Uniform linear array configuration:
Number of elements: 12
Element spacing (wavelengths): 1
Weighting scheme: binomial
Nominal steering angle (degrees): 45
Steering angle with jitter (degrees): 44.974
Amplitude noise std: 0.05
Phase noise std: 0.05

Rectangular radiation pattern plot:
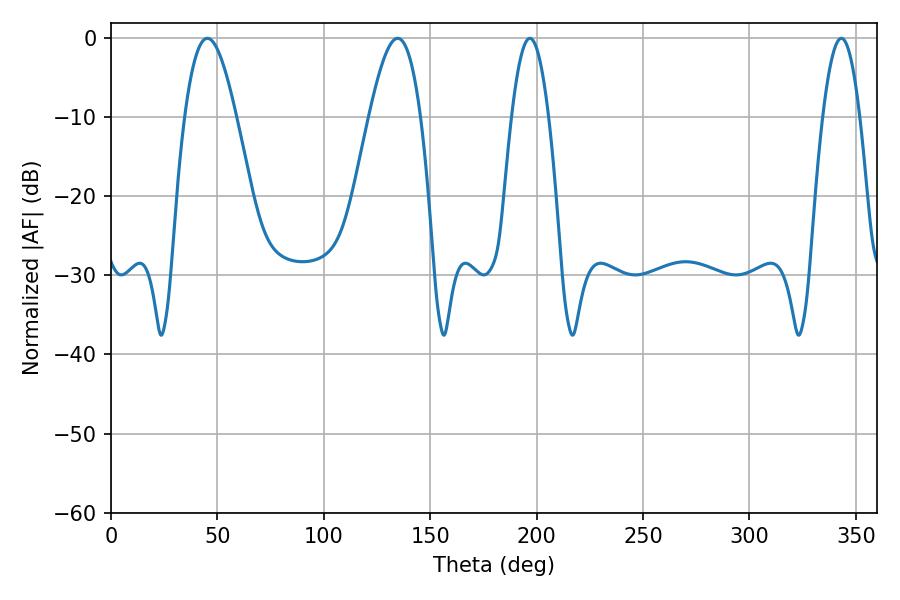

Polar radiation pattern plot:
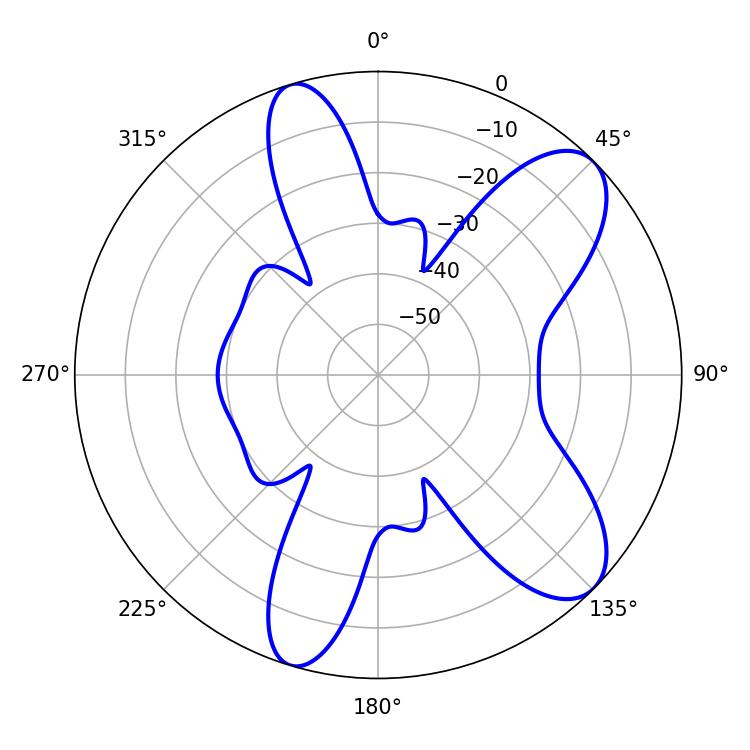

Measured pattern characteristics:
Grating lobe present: TRUE
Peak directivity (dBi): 8.968
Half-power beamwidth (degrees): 12.96
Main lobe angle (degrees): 45.36